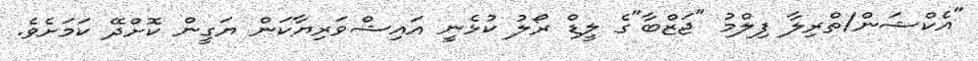
"އެކްޝަން/ތްރިލާ ފިލްމު "ޖަޒްބާ"ގެ ލީޑް ރޯލު ކުޅެނީ އައިޝްވަރިޔާކަން ޔަގީން ކޮށްދޭ ކަމަށެވެ.